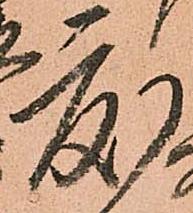
度